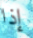
إذا